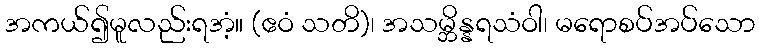
အကယ်၍မူလည်းရအံ့။ (ဧဝံ သတိ)၊ အသမ္ဘိန္နရသံဝါ၊ မရောစပ်အပ်သော